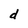
Character: d